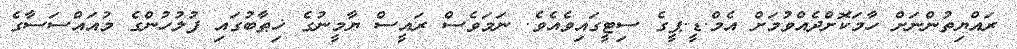
ރައްޔިތުންނަށް ހާމަކޮށްދެއްވުމަށް އެމް.ޑީ.ޕީގެ ސިޓީގައިވެއެވެ. ނަމަވެސް ރައީސް ޔާމީނުގެ ޚިޠާބުގައި ފުލުހުންގެ މުއައްސަސާގެ